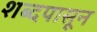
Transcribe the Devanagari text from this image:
शब्दपासून